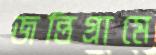
জন্তিগ্রামে